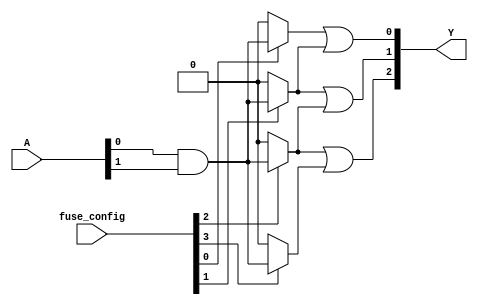
module fuse_based_PLA #(
    parameter NUM_INPUTS = 3, // Number of inputs (A, B, C, etc.)
    parameter NUM_AND_GATES = 4, // Number of AND gates
    parameter NUM_OUTPUTS = 3 // Number of outputs (Y1, Y2, Y3, etc.)
)(
    input wire [NUM_INPUTS-1:0] A, // Input signals
    input wire [NUM_AND_GATES-1:0] fuse_config, // Fuse configuration for AND gates
    output wire [NUM_OUTPUTS-1:0] Y // Output signals
);

// Intermediate product terms from AND gates
wire [NUM_AND_GATES-1:0] P;

// Programmable AND array
genvar i;
generate
    for (i = 0; i < NUM_AND_GATES; i = i + 1) begin : and_gate
        assign P[i] = (fuse_config[i] == 1'b1) ? (A[0] & A[1]) : 1'b0; // Example logic
        // Extend this logic to include more inputs based on fuse configuration
        // You can customize the logic for each AND gate based on the fuse_config
    end
endgenerate

// Fixed OR array
assign Y[0] = P[0] | P[1]; // Example OR logic for output Y1
assign Y[1] = P[1] | P[2]; // Example OR logic for output Y2
assign Y[2] = P[2] | P[3]; // Example OR logic for output Y3

endmodule